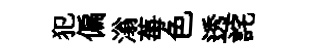
犯偏滃莓色透詫